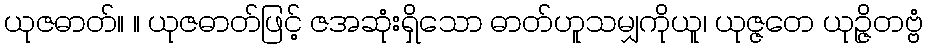
ယုဇဓာတ်။ ။ ယုဇဓာတ်ဖြင့် ဇအဆုံးရှိသော ဓာတ်ဟူသမျှကိုယူ၊ ယုဇ္ဇတေ ယုဉ္ဇိတဗ္ဗံ